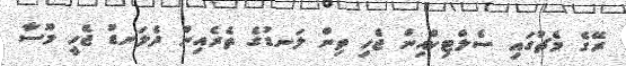
ރޭގެ މެޗުގައި ސެލްޓިކްއިން ޖެހި ތިން ލަނޑުގެ ތެރެއިން ދެލަނޑު ޖެހީ މޫސާ